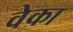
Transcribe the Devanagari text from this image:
वेका